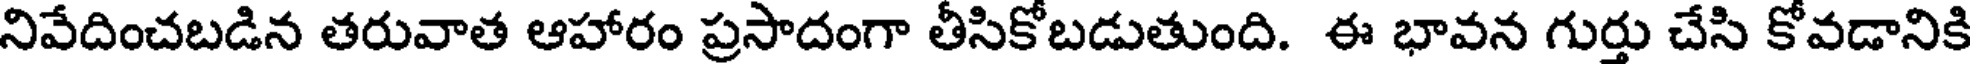
నివేదించబడిన తరువాత ఆహారం ప్రసాదంగా తీసికోబడుతుంది. ఈ భావన గుర్తు చేసి కోవడానికి